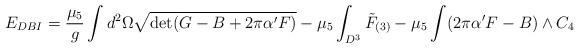
LaTeX: \begin{align*}E_{DBI}=\frac{\mu_5}{g}\int d^2\Omega\sqrt{\det (G-B+2\pi\alpha' F)}-\mu_5\int_{D^3}\tilde F_{(3)}-\mu_5\int (2\pi\alpha' F-B)\wedge C_4\end{align*}